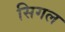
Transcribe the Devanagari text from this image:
सिगल